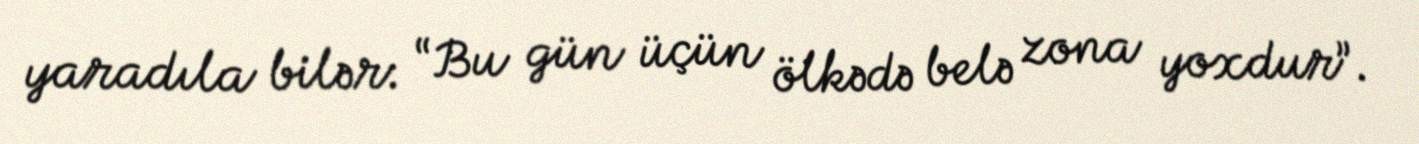
yaradıla bilər: “Bu gün üçün ölkədə belə zona yoxdur”.